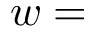
w =